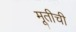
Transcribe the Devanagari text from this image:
मूतीची